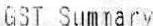
GST SUMMARY